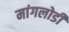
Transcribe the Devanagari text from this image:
मांगलोडी